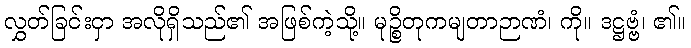
လွှတ်ခြင်းငှာ အလိုရှိသည်၏ အဖြစ်ကဲ့သို့။ မုဉ္စိတုကမျတာဉာဏံ၊ ကို။ ဒဋ္ဌဗ္ဗံ၊ ၏။